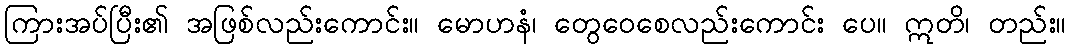
ကြားအပ်ပြီး၏ အဖြစ်လည်းကောင်း။ မောဟနံ၊ တွေဝေစေလည်းကောင်း ပေ။ ဣတိ၊ တည်း။